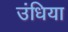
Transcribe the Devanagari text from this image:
उंधिया